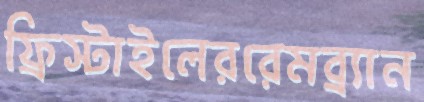
ফ্রিস্টাইলেররেমব্র্যান